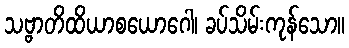
သဗ္ဗာတိထိယာစယောဂေါ၊ ခပ်သိမ်းကုန်သော။